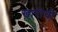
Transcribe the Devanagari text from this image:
खारीची